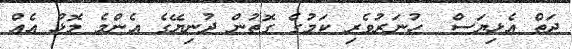
ދަތް އެޅިޔަސް  ހުނަރުވެރި ކަމުގެ ގޮތުން ދުނިޔޭގެ އެންމެ މޮޅު އެއް